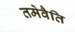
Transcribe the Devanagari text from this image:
तमेवैति